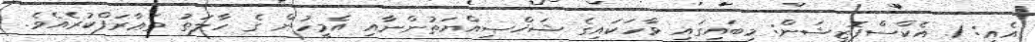
އެއީ: 1. އެކްސްޕޮޒީޝަން: މިބައިގައި ވާހަކައިގެ ޝަޚްޞިއްޔަތުންނާއި އެމީހުން ގެ ހާލަތު ތަޢާރަފްކުރެއެވެ.